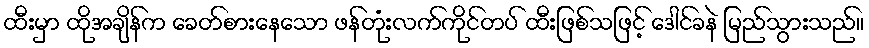
ထီးမှာ ထိုအချိန်က ခေတ်စားနေသော ဖန်တုံးလက်ကိုင်တပ် ထီးဖြစ်သဖြင့် ဒေါင်ခနဲ မြည်သွားသည်။